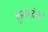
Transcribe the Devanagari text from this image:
कुर्रामटोला